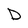
Character: D